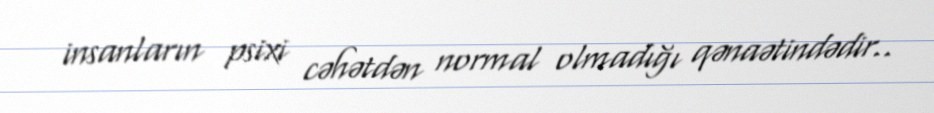
insanların psixi cəhətdən normal olmadığı qənaətindədir..